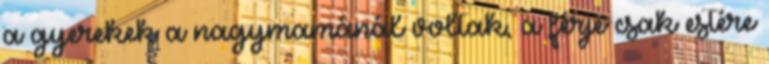
a gyerekek a nagymamánál voltak, a férje csak estére